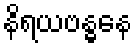
နိရယဗန္ဓနေ